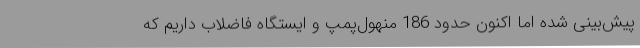
پیش‌بینی شده اما اکنون حدود 186 منهول‌پمپ و ایستگاه فاضلاب داریم که